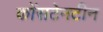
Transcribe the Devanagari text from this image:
कोंसटेनटीन